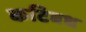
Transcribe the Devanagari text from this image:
कटिबध